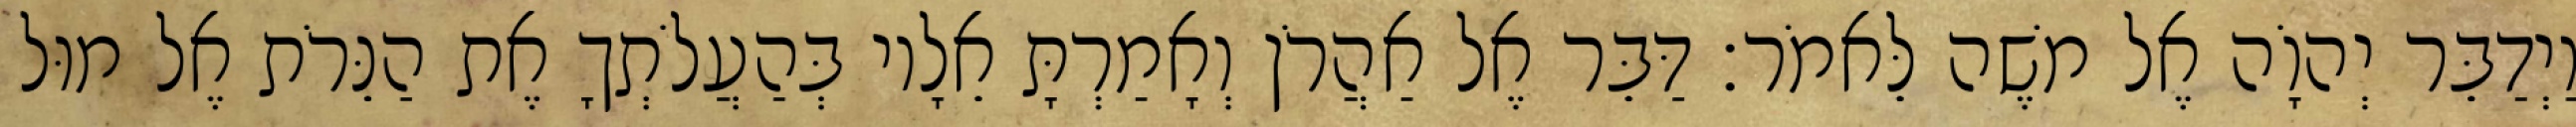
וַיְדַבֵּר יְהוָֹה אֶל משֶׁה לֵּאמֹר׃ דַּבֵּר אֶל אַהֲרֹן וְאָמַרְתָּ אֵלָיו בְּהַעֲלֹתְךָ אֶת הַנֵּרֹת אֶל מוּל